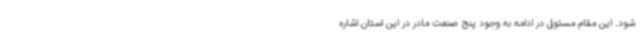
شود. این مقام مسئول در ادامه به وجود پنج صنعت مادر در این استان اشاره